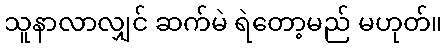
သူနာလာလျှင် ဆက်မဲ ရဲတော့မည် မဟုတ်။